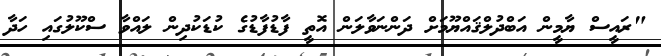
"ރައީސް ޔާމީން އަބްދުލްޤައްޔޫމަށް ދަންނަވާލަން އޮތީ ފާޑުފާޑުގެ ކުޑަކުދިން ލައްވާ ސްކޫލުގައި ހަދާ